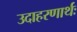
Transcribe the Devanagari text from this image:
उदाहरणार्थः